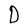
Character: D